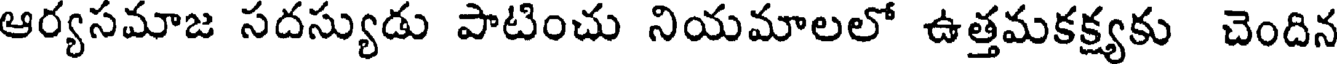
ఆర్యసమాజ సదస్యుడు పాటించు నియమాలలో ఉత్తమకక్ష్యకు చెందిన